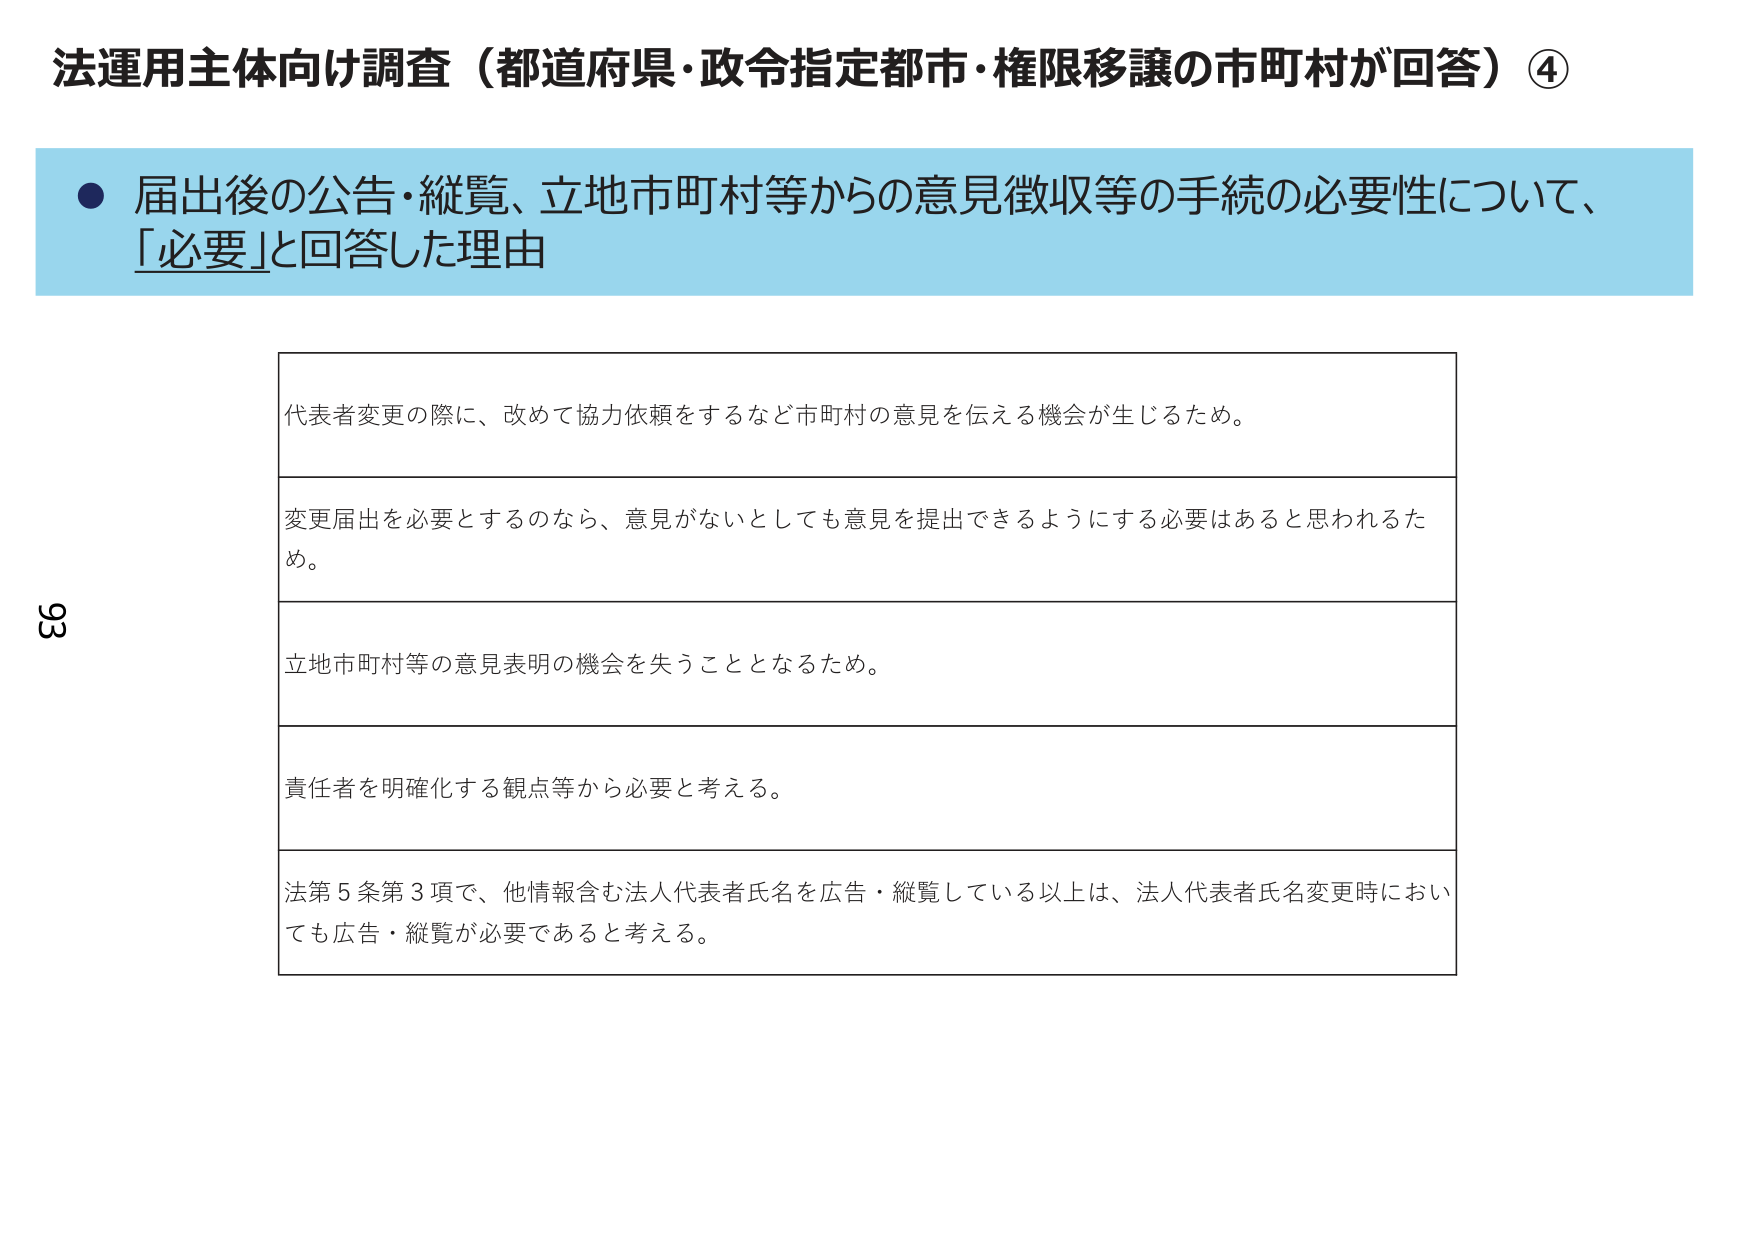
法運用主体向け調査（都道府県・政令指定都市・権限移譲の市町村が回答）④

● 届出後の公告・縦覧、立地市町村等からの意見徴収等の手続の必要性について、
「必要」と回答した理由

代表者変更の際に、改めて協力依頼をするなど市町村の意見を伝える機会が生じるため。

変更届出を必要とするのなら、意見がないとしても意見を提出できるようにする必要はあると思われるため。

立地市町村等の意見表明の機会を失うこととなるため。

責任者を明確化する観点等から必要と考える。

法第5条第3項で、他情報含む法人代表者氏名を広告・縦覧している以上は、法人代表者氏名変更時においても広告・縦覧が必要であると考える。

93